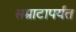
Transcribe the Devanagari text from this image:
सम्राटापर्यंत